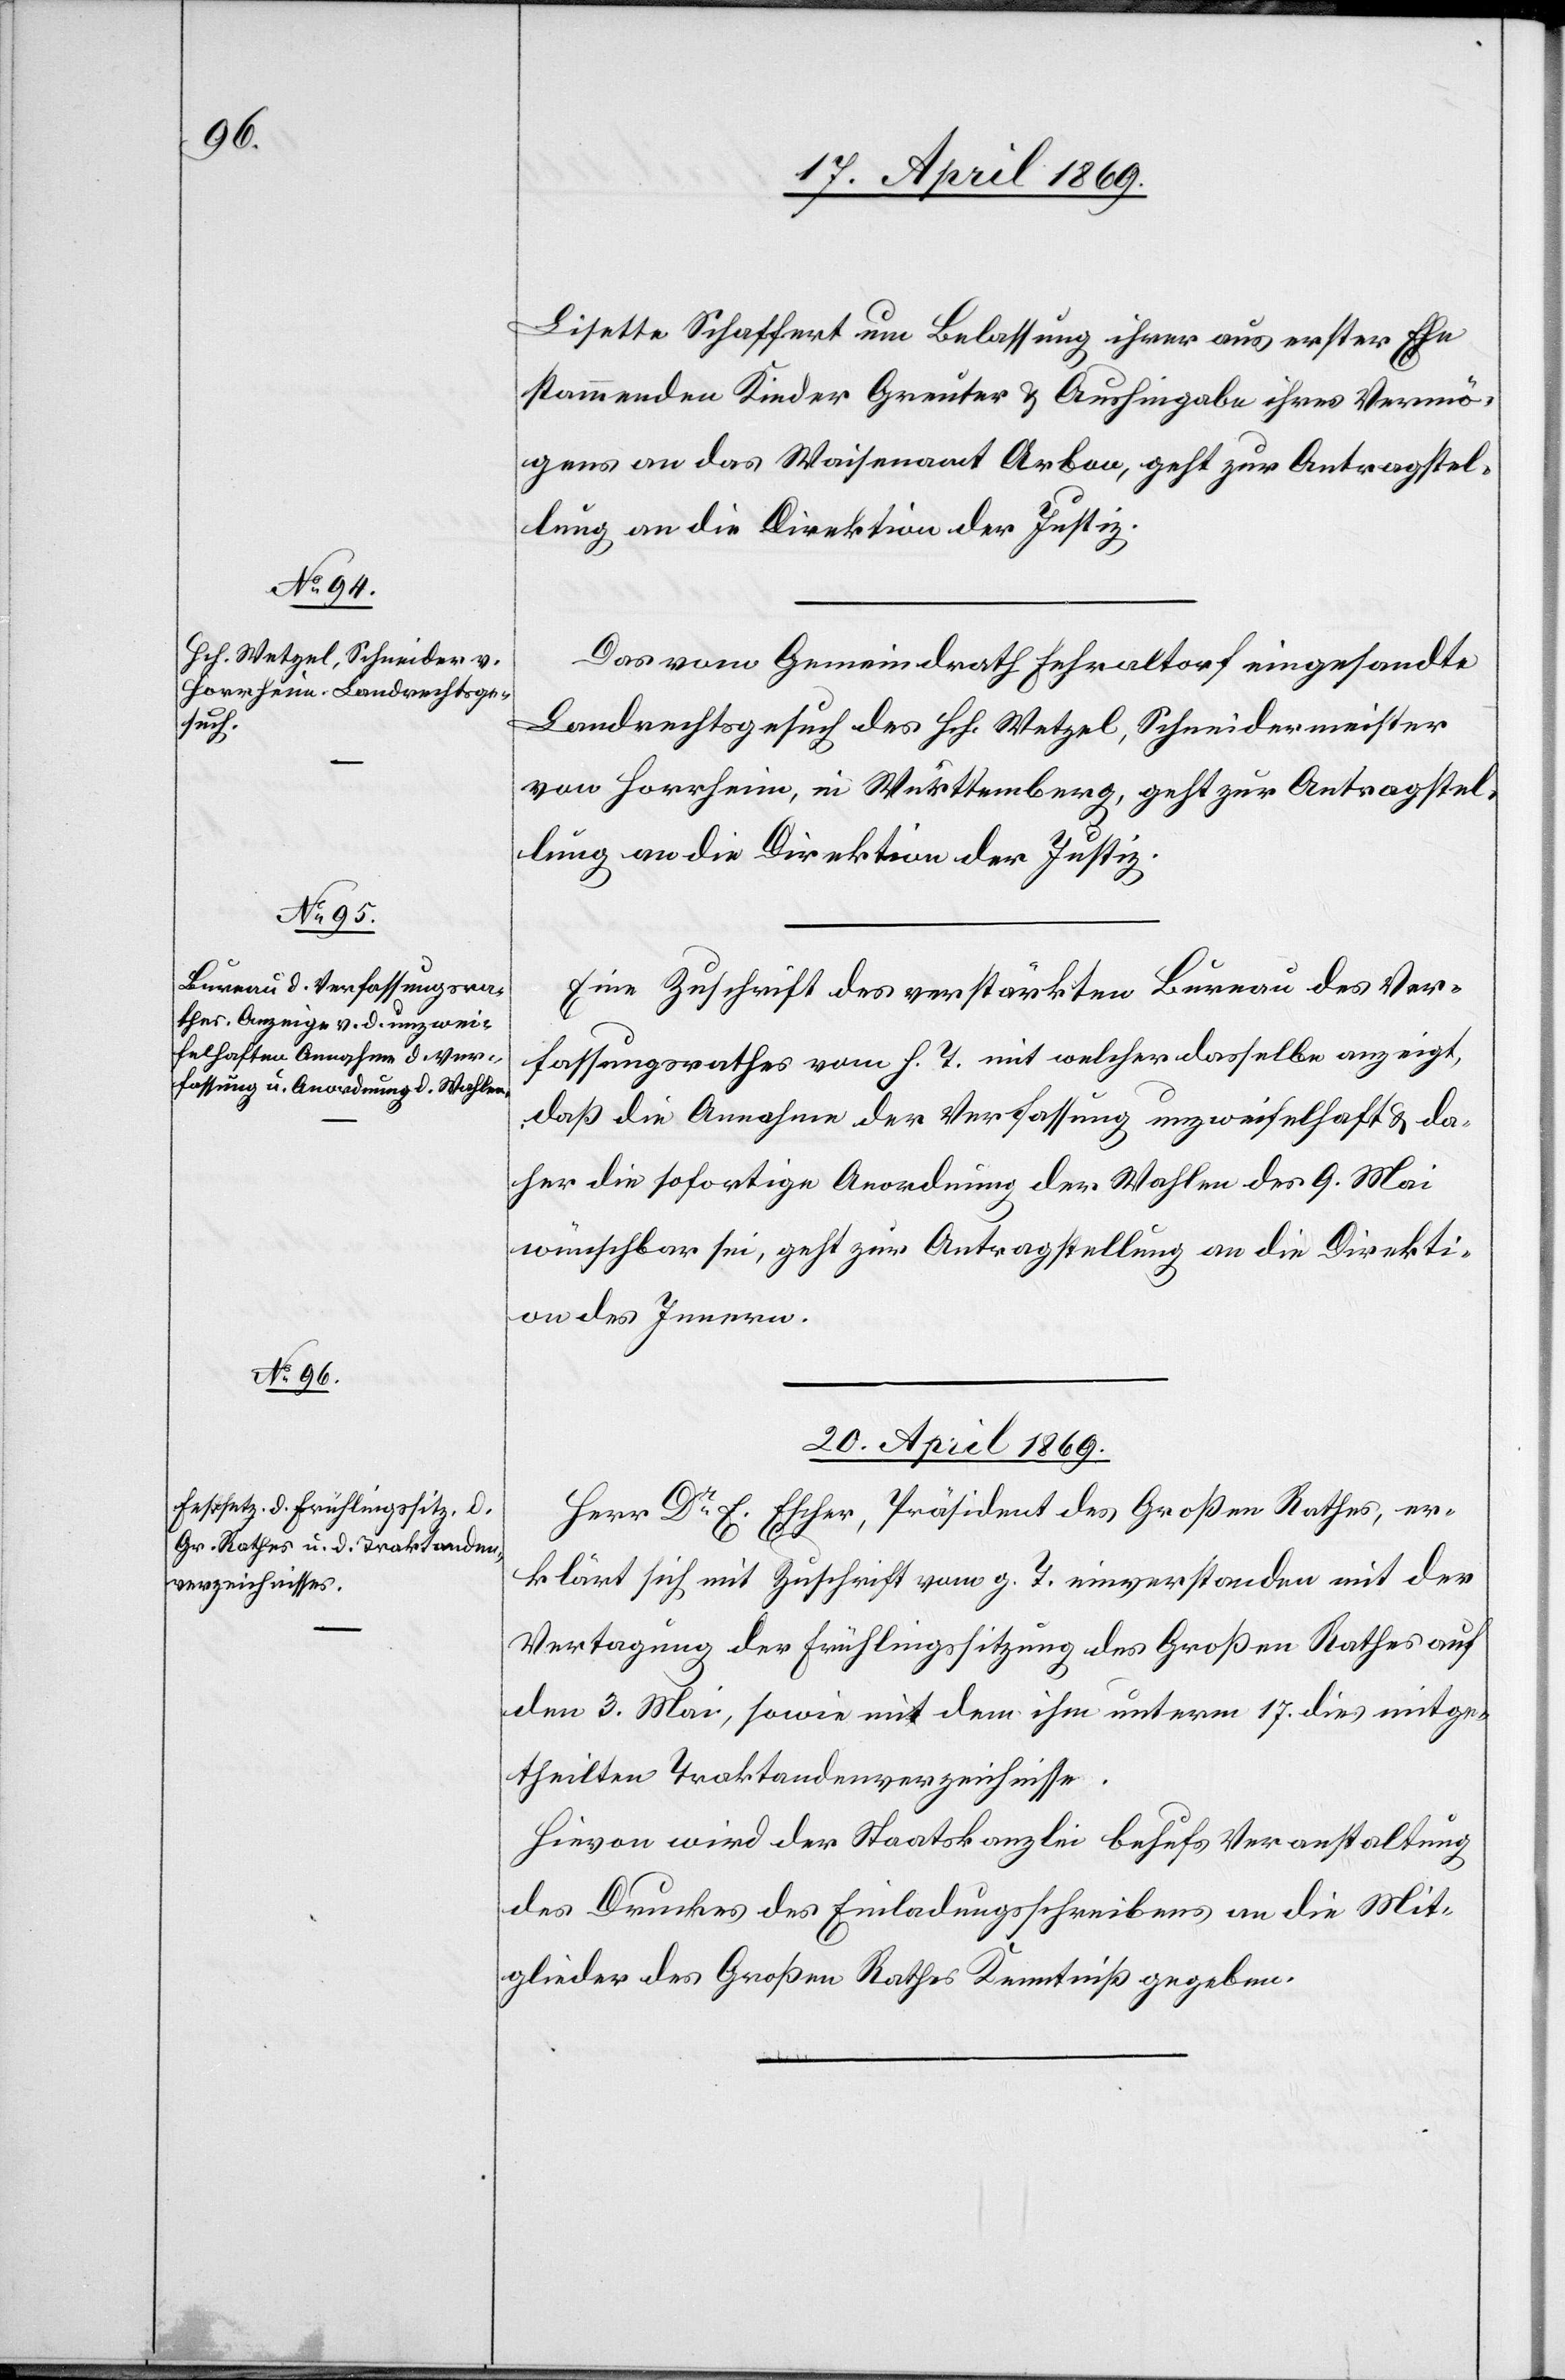
19. April 1869.]
Lisette Schaffert um Belassung ihrer aus erster Ehe
stammenden Kinder Greuter u. Aushingabe ihres Vermö¬
gens an das Waisenamt Arbon, geht zur Antragstel¬
lung an die Direktion der Justiz.
Das vom Gemeindrath Fehraltorf eingesandte
Landrechtsgesuch des Hch. Wetzel, Schneidermeister
von Horrheim, in Württemberg, geht zur Antragstel¬
lung an die Direktion der Justiz.
Eine Zuschrift des verstärkten Bureau des Ver¬
fassungsrathes vom h. T. mit welcher dasselbe anzeigt,
daß die Annahme der Verfassung unzweifelhaft u. da¬
her die sofortige Anordnung der Wahlen des 9. Mai
wünschbar sei, geht zur Antragstellung an die Direkti¬
on des Innern.
20. April 1869.
Herr Dr E. Escher, Präsident des Großen Rathes, er¬
klärt sich mit Zuschrift vom g. T. einverstanden mit der
Vertagung der Frühlingssitzung des Großen Rathes auf
den 3. Mai, sowie mit dem ihm unterm 17. dies mitge¬
theilten Traktandenverzeichnisse.
Hievon wird der Staatskanzlei behufs Veranstaltung
des Druckes des Einladungsschreibens an die Mit¬
glieder des Großen Rathes Kenntniß gegeben.